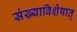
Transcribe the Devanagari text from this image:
संख्याविशेषात्